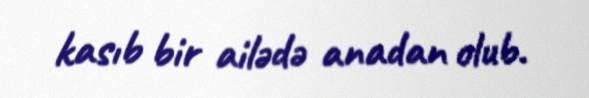
kasıb bir ailədə anadan olub.